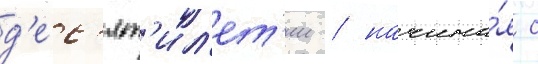
д'ес'ят'ил'ет'ии / начина́я с